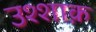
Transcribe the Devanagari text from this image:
उश्शाक़